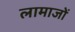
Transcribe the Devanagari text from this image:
लामाजों